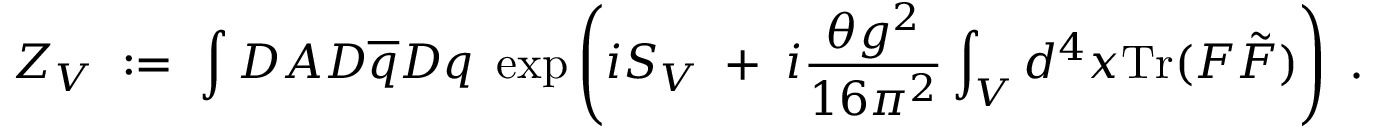
Z _ { V } \; : = \; \int { \cal D } A { \cal D } \overline { { { q } } } { \cal D } q \; \exp \left( i S _ { V } \; + \; i \frac { \theta g ^ { 2 } } { 1 6 \pi ^ { 2 } } \int _ { V } d ^ { 4 } x \mathrm { T r } ( F \tilde { F } ) \right) \; .